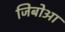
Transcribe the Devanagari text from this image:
जिबोआ